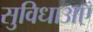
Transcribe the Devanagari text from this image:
सुविधाअएँ